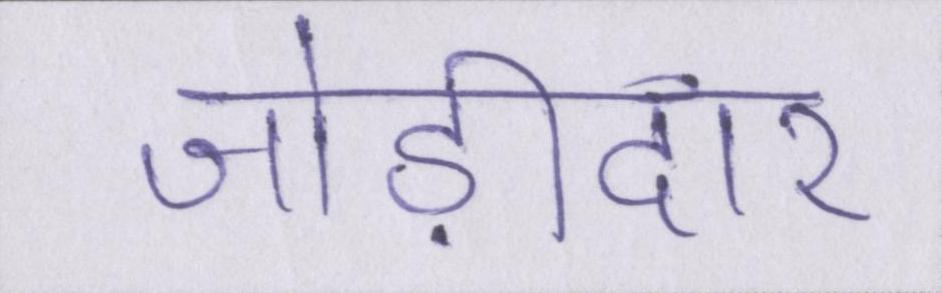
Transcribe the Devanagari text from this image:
जोड़ीदार